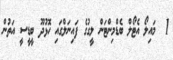
1  މައިލޯ އެޓޯލް ބެޑްމިންޓަން ލީގުގެ ފައިނަލްގައި ހޮޅުދޫ ބީޑީސީ އަތުން